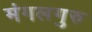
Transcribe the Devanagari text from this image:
मंगलगुरु